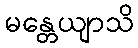
မန္တေယျာသိ